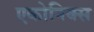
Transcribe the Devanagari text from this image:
एकोनिक्स